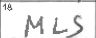
Transcription: MLS